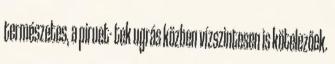
természetes, a piruet- tek ugrás közben vízszintesen is kötelezőek.